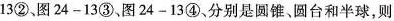
13②、图24-13③，图24-13④、分别是圆锥、圆台和半球，则